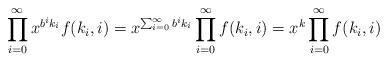
LaTeX: \begin{align*}\prod_{i=0}^{\infty} x^{b^i k_i} f(k_i,i) = x^{\sum_{i=0}^{\infty}b^i k_i } \prod_{i=0}^{\infty} f(k_i,i) = x^k \prod_{i=0}^{\infty} f(k_i,i)\end{align*}